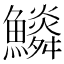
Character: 𩼩